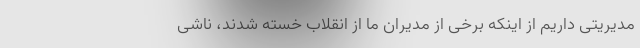
مدیریتی داریم از اینکه برخی از مدیران ما از انقلاب خسته شدند، ناشی